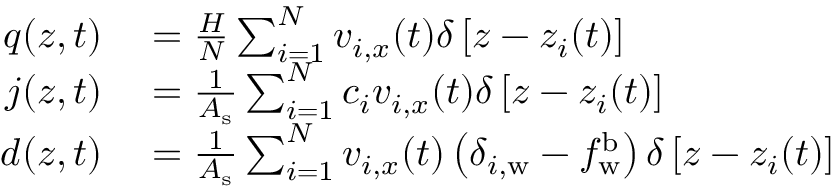
\begin{array} { r l } { q ( z , t ) } & { { } = \frac { H } { N } \sum _ { i = 1 } ^ { N } v _ { i , x } ( t ) \delta \left[ z - z _ { i } ( t ) \right] } \\ { j ( z , t ) } & { { } = \frac { 1 } { A _ { \mathrm { s } } } \sum _ { i = 1 } ^ { N } c _ { i } v _ { i , x } ( t ) \delta \left[ z - z _ { i } ( t ) \right] } \\ { d ( z , t ) } & { { } = \frac { 1 } { A _ { \mathrm { s } } } \sum _ { i = 1 } ^ { N } v _ { i , x } ( t ) \left( \delta _ { i , \mathrm { w } } - f _ { \mathrm { w } } ^ { \mathrm { b } } \right) \delta \left[ z - z _ { i } ( t ) \right] } \end{array}